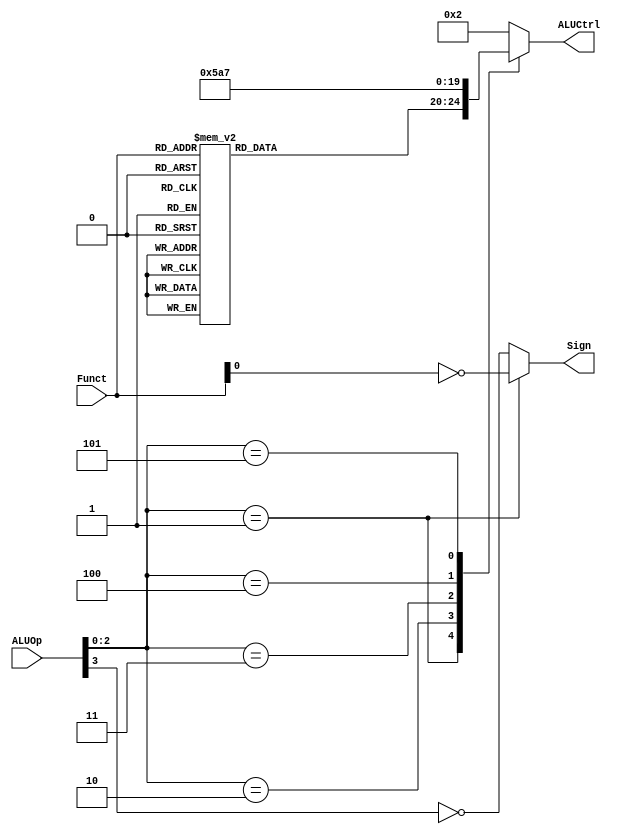
`timescale 1ns / 1ps

module ALUControl(ALUOp, Funct, ALUCtrl, Sign);
    input [3:0] ALUOp;
    input [5:0] Funct;

    output reg [4:0] ALUCtrl;
    output Sign;

    parameter aluAND = 5'b00000;
    parameter aluOR  = 5'b00001;
    parameter aluADD = 5'b00010;
    parameter aluSUB = 5'b00110;
    parameter aluSLT = 5'b00111;
    parameter aluNOR = 5'b01100;
    parameter aluXOR = 5'b01101;
    parameter aluSLL = 5'b10000;
    parameter aluSRL = 5'b10001;
    parameter aluSRA = 5'b10010;

    assign Sign = (ALUOp[2:0] == 3'b001)? ~Funct[0]: ~ALUOp[3];

    reg [4:0] aluFunct;
    always @(*)
        case (Funct)
            6'b00_0000: aluFunct <= aluSLL;
            6'b00_0010: aluFunct <= aluSRL;
            6'b00_0011: aluFunct <= aluSRA;
            6'b10_0000: aluFunct <= aluADD;
            6'b10_0001: aluFunct <= aluADD;
            6'b10_0010: aluFunct <= aluSUB;
            6'b10_0011: aluFunct <= aluSUB;
            6'b10_0100: aluFunct <= aluAND;
            6'b10_0101: aluFunct <= aluOR;
            6'b10_0110: aluFunct <= aluXOR;
            6'b10_0111: aluFunct <= aluNOR;
            6'b10_1010: aluFunct <= aluSLT;
            6'b10_1011: aluFunct <= aluSLT;
            default: aluFunct <= aluADD;
        endcase

    always @(*)
        case (ALUOp[2:0])
            3'b000: ALUCtrl <= aluADD;
            3'b001: ALUCtrl <= aluFunct;
            3'b010: ALUCtrl <= aluAND;
            3'b011: ALUCtrl <= aluOR;
            3'b100: ALUCtrl <= aluXOR;
            3'b101: ALUCtrl <= aluSLT;
            default: ALUCtrl <= aluADD;
        endcase

endmodule